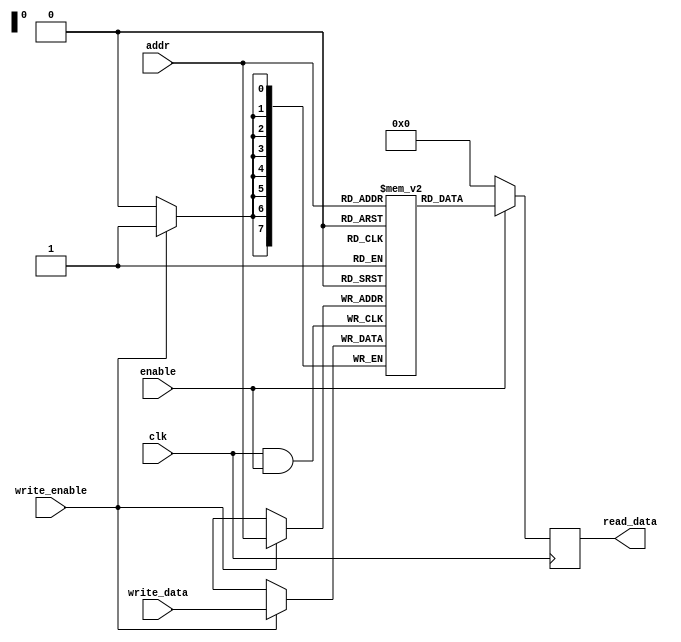
module memory_block (
    input wire clk,            // Main clock signal
    input wire enable,         // Memory enable signal
    input wire [7:0] addr,     // Address for memory access
    input wire [7:0] write_data, // Data to write (for write operation)
    input wire write_enable,   // Write enable signal
    output reg [7:0] read_data  // Data read from memory
);

    // Declare a memory array (RAM)
    reg [7:0] mem [0:255]; // 256 x 8 bits memory

    // Gated clock signal
    wire gated_clk;

    // Clock gating logic: AND gate
    assign gated_clk = clk & enable;

    // Clock-triggered operations
    always @(posedge gated_clk) begin
        if (write_enable) begin
            mem[addr] <= write_data; // Write data to memory
        end
    end

    // Asynchronous read operation
    always @(posedge clk) begin
        if (!enable) begin
            read_data <= 8'b0; // Data output when not enabled (optional)
        end else begin
            read_data <= mem[addr]; // Read data from memory
        end
    end

endmodule